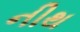
નીથ